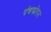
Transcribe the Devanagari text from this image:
पंचफोरन